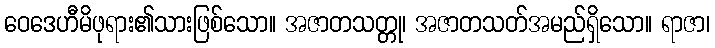
ဝေဒေဟီမိဖုရား၏သားဖြစ်သော။ အဇာတသတ္တု၊ အဇာတသတ်အမည်ရှိသော။ ရာဇာ၊